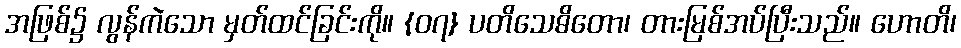
အဖြစ်၌ လွန်ကဲသော မှတ်ထင်ခြင်းကို။ {၀၇} ပတိသေဓိတော၊ တားမြစ်အပ်ပြီးသည်။ ဟောတိ၊